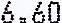
6.60